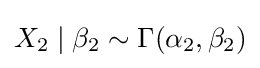
X_{2}\mid \beta _{2}\sim \Gamma (\alpha _{2},\beta _{2})